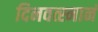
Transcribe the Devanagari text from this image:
दिनवत्स्नानं